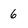
Character: 6